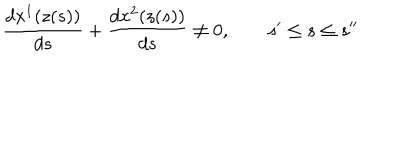
\frac { d x ^ { 1 } ( z ( s ) ) } { d s } + \frac { d x ^ { 2 } ( z ( s ) ) } { d s } \neq 0 , \quad \quad s ^ { \prime } \leq s \leq s ^ { \prime \prime }